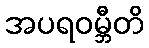
အပရဝမ္ဘီတိ